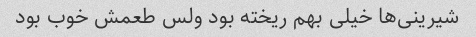
شیرینی‌ها خیلی بهم ریخته بود ولس طعمش خوب بود